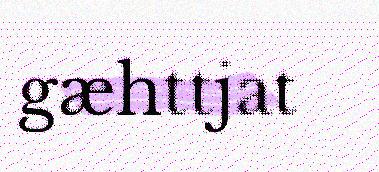
gæhttjat